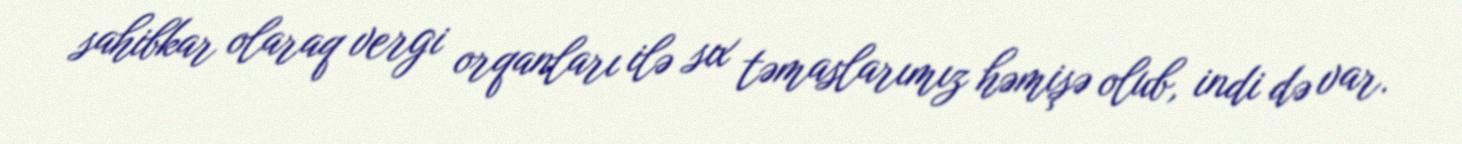
sahibkar olaraq vergi orqanları ilə sıx təmaslarımız həmişə olub, indi də var.